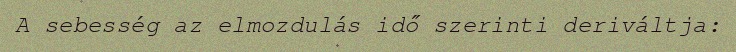
A sebesség az elmozdulás idő szerinti deriváltja: